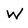
Character: W